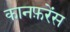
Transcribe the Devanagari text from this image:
कानफ़रेंस